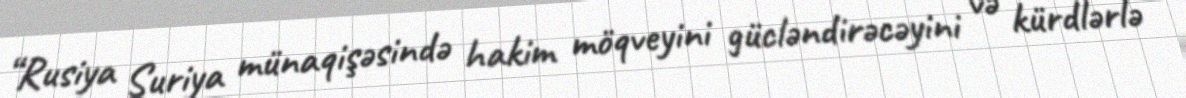
“Rusiya Suriya münaqişəsində hakim möqveyini gücləndirəcəyini və kürdlərlə